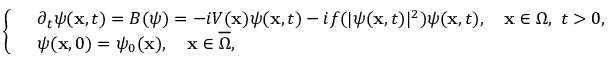
\left\{ \begin{array} { r l } & { \partial _ { t } \psi ( \mathbf { x } , t ) = B ( \psi ) = - i V ( \mathbf { x } ) \psi ( \mathbf { x } , t ) - i f ( | \psi ( \mathbf { x } , t ) | ^ { 2 } ) \psi ( \mathbf { x } , t ) , \quad \mathbf { x } \in \Omega , \ t > 0 , } \\ & { \psi ( \mathbf { x } , 0 ) = \psi _ { 0 } ( \mathbf { x } ) , \quad \mathbf { x } \in \overline { { \Omega } } , } \end{array} \right.